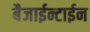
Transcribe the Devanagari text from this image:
बैजाईन्टाईन